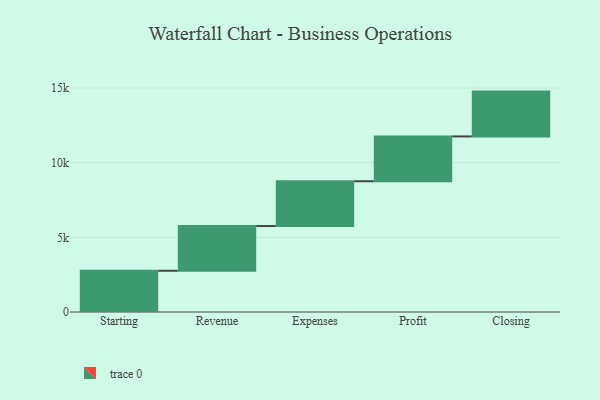
{"axis": {"x": "Step", "y": "Value"}, "legend": [""], "data": [{"x": "Starting", "y": 2760.0, "type": ""}, {"x": "Revenue", "y": 2995.0, "type": ""}, {"x": "Expenses", "y": 3000, "type": ""}, {"x": "Profit", "y": 3000, "type": ""}, {"x": "Closing", "y": 3000, "type": ""}]}